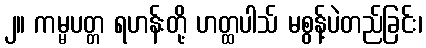
၂။ ကမ္မပတ္တ ရဟန်းတို့ ဟတ္ထပါသ် မစွန့်ပဲတည်ခြင်း၊